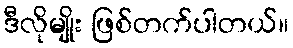
ဒီလိုမျိုး ဖြစ်တက်ပါတယ်။